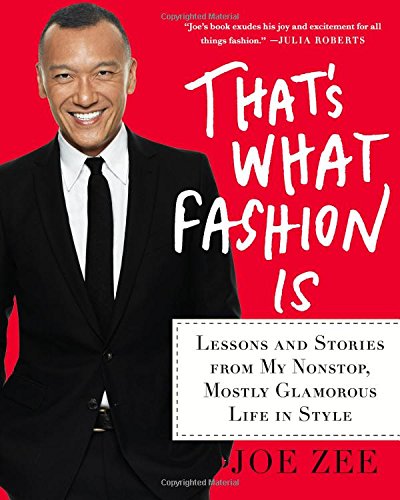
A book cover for That's What Fashion Is: Lessons and Stories from My Nonstop, Mostly Glamorous Life in Style; Joe Zee; Arts & Photography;